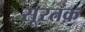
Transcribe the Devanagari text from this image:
सूरतक